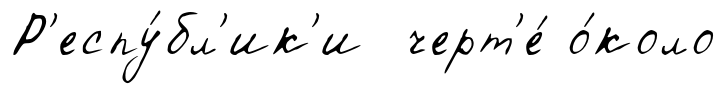
Р'еспу́бл'ик'и черт'е́ о́коло